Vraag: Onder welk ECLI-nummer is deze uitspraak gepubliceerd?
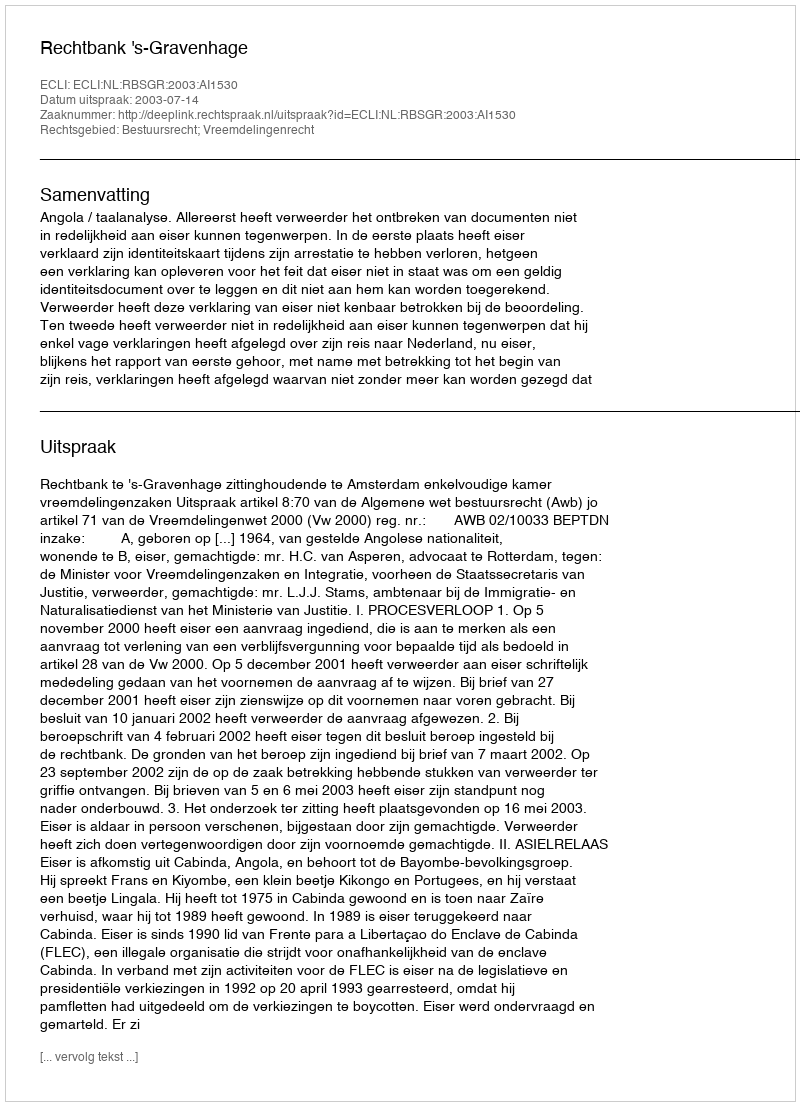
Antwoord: ECLI:NL:RBSGR:2003:AI1530